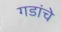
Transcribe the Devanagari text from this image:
गडांचे